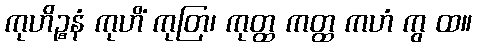
ကုဟိဉ္စနံ ကုဟိံ ကုတြ၊ ကုတ္ထ ကတ္ထ ကဟံ ကွ ထ။